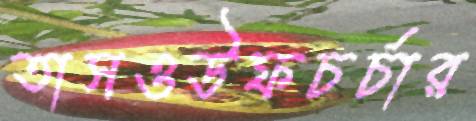
তাসওউফচর্চার